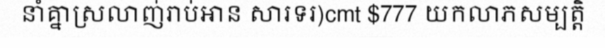
នាំគ្នាស្រលាញ់រាប់អាន សារទរ)cmt $777 យកលាភសម្បត្តិ